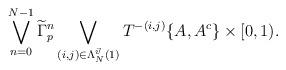
LaTeX: \begin{align*}\bigvee_{n=0}^{N-1}\widetilde\Gamma_{p}^n \bigvee_{(i,j)\in\Lambda_N^{\vec{v}}(1)}T^{-(i,j)}\{A,A^c\}\times [0,1). \end{align*}